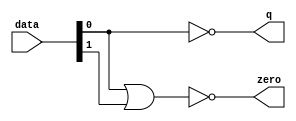
module  acl_fp_add_sub_fast_double_altpriority_encoder_nh8
	( 
	data,
	q,
	zero) ;
	input   [1:0]  data;
	output   [0:0]  q;
	output   zero;
	assign
		q = {(~ data[0])},
		zero = (~ (data[0] | data[1]));
endmodule